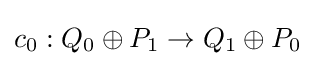
c_{0}:Q_{0}\oplus P_{1}\to Q_{1}\oplus P_{0}